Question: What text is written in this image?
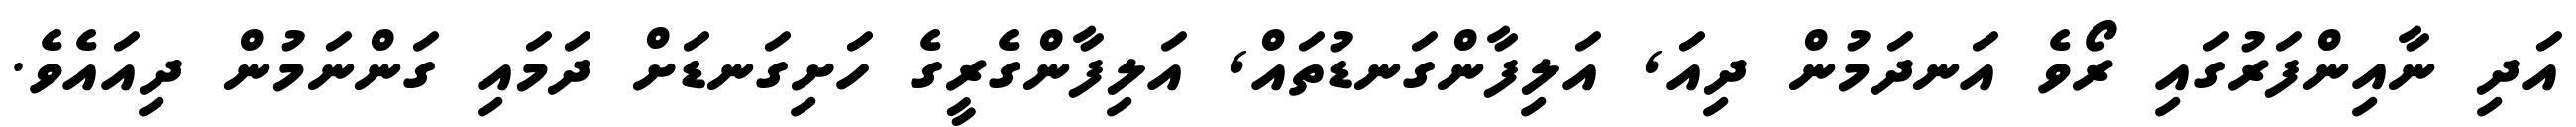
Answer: އަދި ނާއިންފަރުގައި ރޯވެ އަނދަމުން ދިއަ, އަލިފާންގަނޑުތައް, އަލިފާންގެރީގެ ހަށިގަނޑަށް ދަމައި ގަންނަމުން ދިއައެވެ.